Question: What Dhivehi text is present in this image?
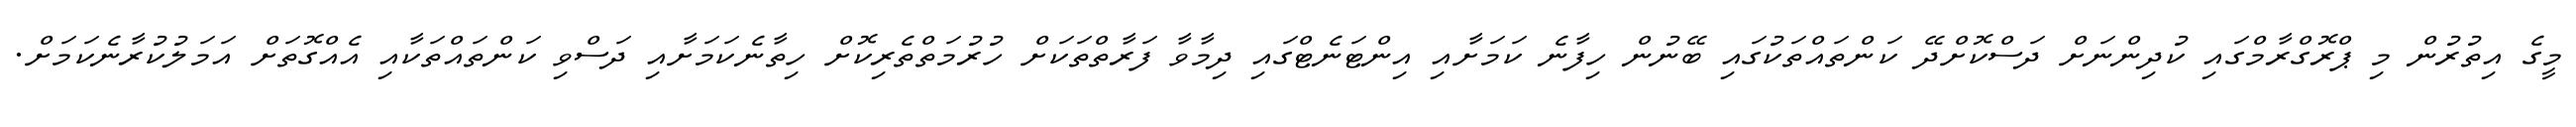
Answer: މީގެ އިތުރުން މި ޕްރޮގްރާމްގައި ކުދިންނަށް ދަސްކޮށްދޭ ކަންތައްތަކުގައި ބޭނުން ހިފާނެ ކަމަށާއި އިންޓަނެޓްގައި ދިމާވާ ފަރާތްތަކަށް ހުރުމަތްތެރިކޮށް ހިތާނެކަމަށާއި ދަސްވި ކަންތައްތަކާއި އެއްގޮތަށް އަމަލުކުރާނެކަމަށް.